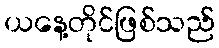
ယနေ့တိုင်ဖြစ်သည်